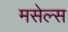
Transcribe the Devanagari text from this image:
मसेल्स